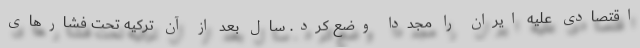
اقتصادی علیه ایران را مجددا وضع کرد. سال بعد از آن ترکیه تحت فشارهای